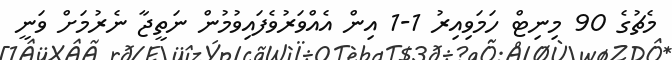
މެޗުގެ 90 މިނިޓް ހަމަވިއިރު 1-1 އިން އެއްވަރުވެފައިވުމުން ނަތީޖާ ނެރުމަށް ވަނީ